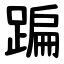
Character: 蹁